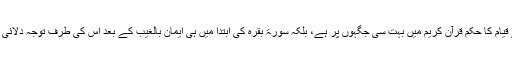
نماز کے قیام کا حکم قرآنِ کریم میں بہت سی جگہوں پر ہے، بلکہ سورۃ بقرہ کی ابتدا میں ہی ایمان بالغیب کے بعد اس کی طرف توجہ دلائی گئی ہے۔